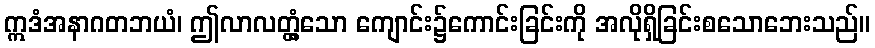
ဣဒံအနာဂတဘယံ၊ ဤလာလတ္တံ့သော ကျောင်း၌ကောင်းခြင်းကို အလိုရှိခြင်းစသောဘေးသည်။